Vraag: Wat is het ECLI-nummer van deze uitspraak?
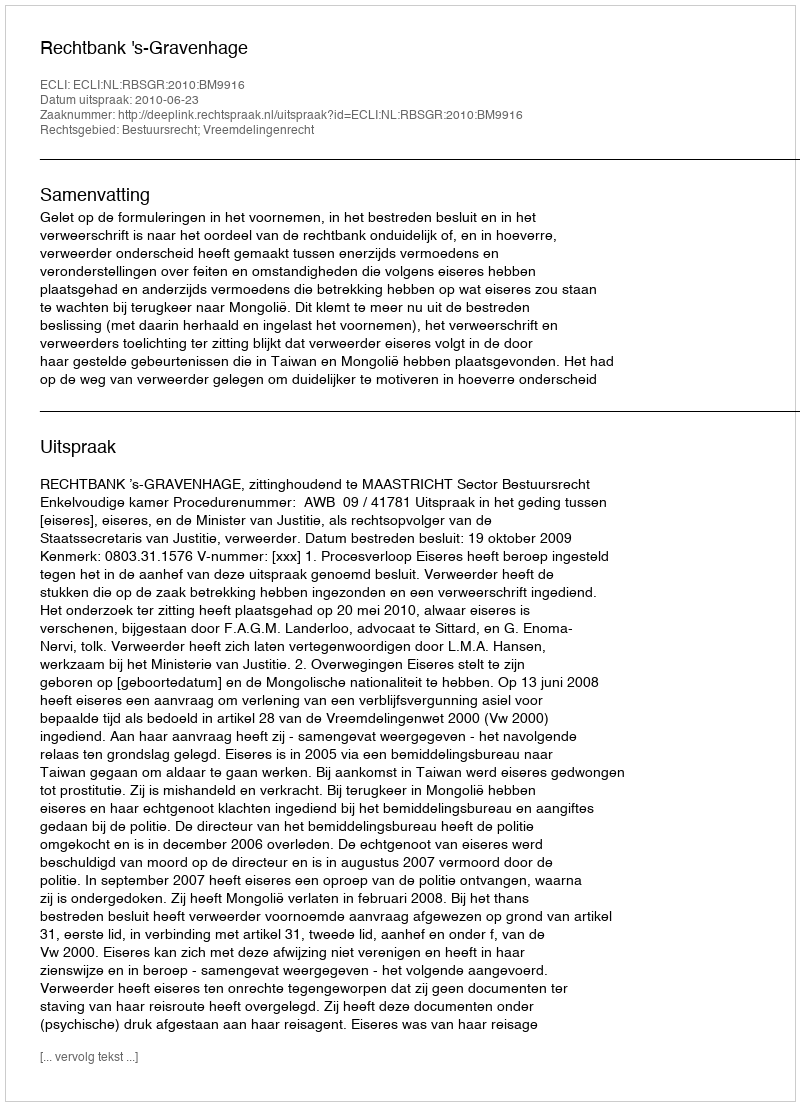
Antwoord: ECLI:NL:RBSGR:2010:BM9916